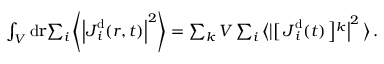
\begin{array} { r l } & { \int _ { V } \mathrm { d } \mathbf { { \boldsymbol { r } } } { \sum _ { i } \left\langle \left\vert { { \boldsymbol { J } } } _ { i } ^ { \mathrm { d } } ( { \boldsymbol { r } } , t ) \right\vert ^ { 2 } \right\rangle } = \sum _ { k } V \sum _ { i } \left\langle \big \vert \right[ \boldsymbol { J } _ { i } ^ { \mathrm { d } } ( t ) \left] ^ { k } \right\vert ^ { 2 } \big \rangle \, . } \end{array}